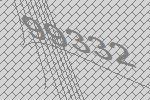
99332